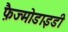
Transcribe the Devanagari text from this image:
फ़ैज्मोडाइडी